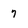
Character: 7